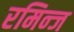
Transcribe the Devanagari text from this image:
रमिन्ज